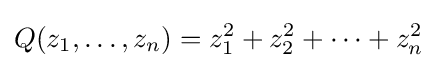
Q(z_{1},\ldots ,z_{n})=z_{1}^{2}+z_{2}^{2}+\cdots +z_{n}^{2}